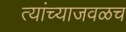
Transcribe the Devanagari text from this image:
त्यांच्याजवळच